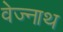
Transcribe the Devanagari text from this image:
वेज्नाथ